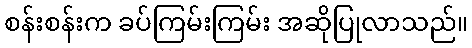
စန်းစန်းက ခပ်ကြမ်းကြမ်း အဆိုပြုလာသည်။